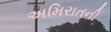
અમિરાતની